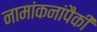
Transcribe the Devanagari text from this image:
नामांकनांपैकी